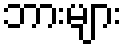
ဘားများ